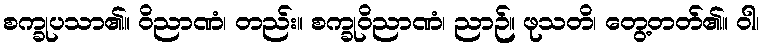
စက္ခုပသာ၏။ ဝိညာဏံ၊ တည်း။ စက္ခုဝိညာဏံ၊ ညာဉ်။ ဖုသတိ၊ တွေ့တတ်၏။ ဝါ၊